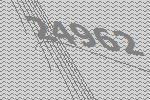
24962